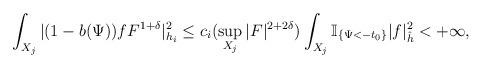
LaTeX: \begin{align*}\int_{X_j}|(1-b(\Psi))fF^{1+\delta}|_{h_i}^2\le c_i(\sup_{X_j}|F|^{2+2\delta}) \int_{X_j}\mathbb{I}_{\{\Psi<-t_0\}}|f|_{\hat{h}}^2<+\infty,\end{align*}